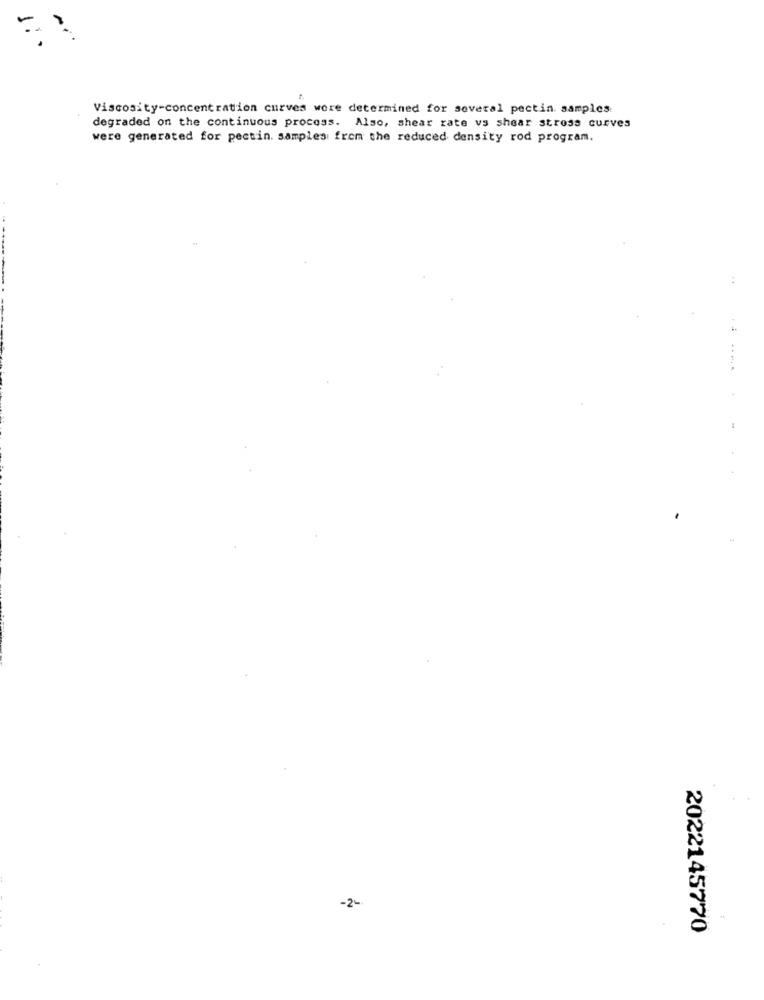
Viscosity-concentration curves were determined for soveral pectin samples
degraded on the continuous process. Also, shear rate vs shear stress curves
were generated for pectin. samples from the reduced density rod program.
-2-
2022145770